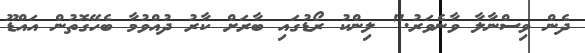
ދެން ވިސްނާލާ ވާނެވަރު." ލިންކު ރޯޑުގައި ބާރަށް ކާރު ދުއްވުމާ ބެހޭގޮތުން އައްޑޫ